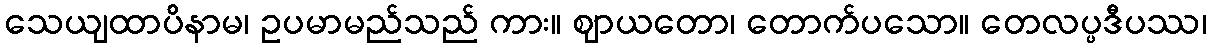
သေယျထာပိနာမ၊ ဥပမာမည်သည် ကား။ ဈာယတော၊ တောက်ပသော။ တေလပ္ပဒီပဿ၊